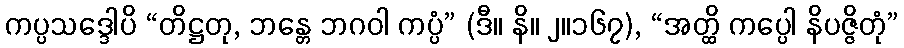
ကပ္ပသဒ္ဒေါပိ “တိဋ္ဌတု, ဘန္တေ ဘဂဝါ ကပ္ပံ” (ဒီ။ နိ။ ၂။၁၆၇), “အတ္ထိ ကပ္ပေါ နိပဇ္ဇိတုံ”